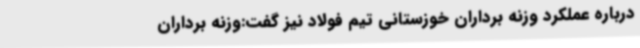
درباره عملکرد وزنه برداران خوزستانی تیم فولاد نیز گفت:وزنه برداران